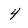
Character: 4